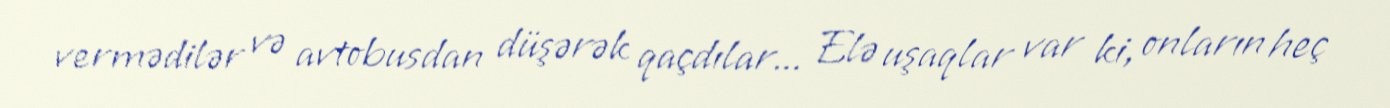
vermədilər və avtobusdan düşərək qaçdılar... Elə uşaqlar var ki, onların heç